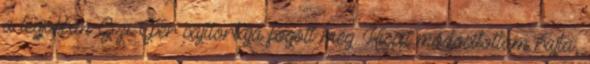
a legjobban Gizi-Eper sajttortája fogott meg. Kicsit módosítottam rajta,